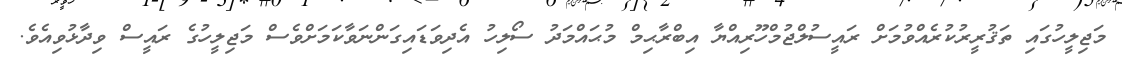
މަޖިލީހުގައި ތަޤުރީރުކުރެއްވުމަށް ރައީސުލްޖުމްހޫރިއްޔާ އިބްރާޙިމް މުޙައްމަދު ސޯލިހު އެދިވަޑައިގަންނަވާކަމަށްވެސް މަޖިލީހުގެ ރައީސް ވިދާޅުވިއެވެ.